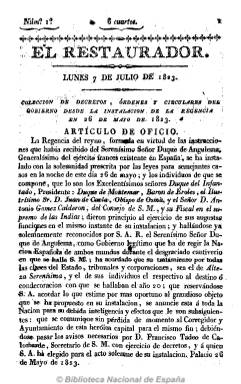
Título: El Restaurador. Colección de decretos, órdenes y circulares del gobierno desde la instalación de la Regencia en 26 de mayo de 1823
Colección: Derecho
Ámbito geográfico: Madrid
Lugar de publicación: Madrid
Fechas: 07/07/1823-08/12/1823

Separata del diario servil El restaurador, cuyo título antecede a esta Colección…, que recopila la normativa que emana de la Regencia del Reino constituida el 26 de mayo de 1823 por orden del duque de Angulema, general en jefe del ejército francés (Cien mil hijos de San Luis) tras su toma de Madrid. Hasta el ocho de diciembre del mismo año son editados ocho números, con  periodicidad semanal, generalmente de ocho páginas cada uno, impresos en la Oficina de Francisco Martínez Dávila, impresor de Cámara de S.M., el mismo que estampa el diario El restaurador, que forman un volumen de 148 páginas en total.

A través de estos textos legislativos, tanto la Regencia, cuyo secretario es Francisco Tadeo Calomarde, como los secretarios de Estado y demás autoridades que aquella nombró inician la restauración del régimen absolutista fernandino tras el breve periodo liberal que comenzó en 1820, y dan cuenta también del proceso de depuración de los estamentos del Estado, incluidos los del ejército que aún hace frente a las tropas francesas y realistas. La colección recoge una orden de 17 de setiembre de 1823 por la que se prohíbe la difusión de “noticias oficiales” que no hayan sido previamente publicadas por la Gaceta.